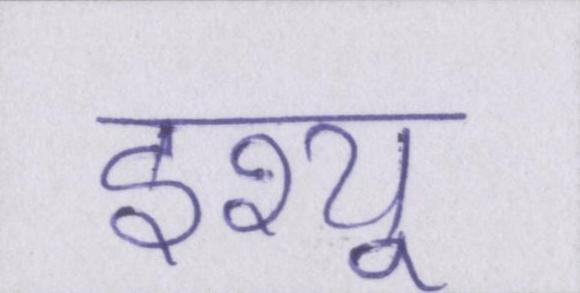
इश्यू